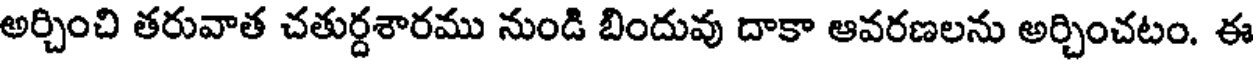
అర్చించి తరువాత చతుర్దశారము నుండి బిందువు దాకా ఆవరణలను అర్చించటం. ఈ